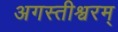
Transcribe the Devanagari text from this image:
अगस्तीश्वरम्